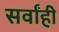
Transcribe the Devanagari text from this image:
सर्वांही